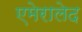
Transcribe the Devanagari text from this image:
एमेरालेद